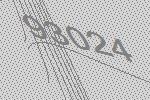
93024